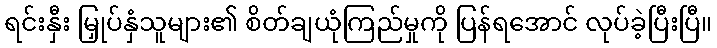
ရင်းနှီး မြှုပ်နှံသူများ၏ စိတ်ချယုံကြည်မှုကို ပြန်ရအောင် လုပ်ခဲ့ပြီးပြီ။